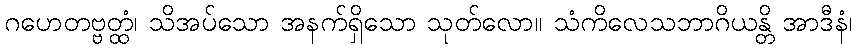
ဂဟေတဗ္ဗတ္ထံ၊ သိအပ်သော အနက်ရှိသော သုတ်လော။ သံကိလေသဘာဂိယန္တိ အာဒီနံ၊